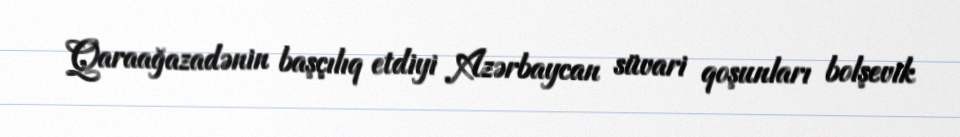
Qaraağazadənin başçılıq etdiyi Azərbaycan süvari qoşunları bolşevik